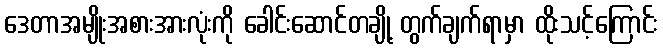
ဒေတာအမျိုးအစားအားလုံးကို ခေါင်းဆောင်တချို့ တွက်ချက်ရာမှာ ထိုးသင့်ကြောင်း